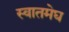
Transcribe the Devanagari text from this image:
स्वातमेघ